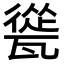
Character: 㼻